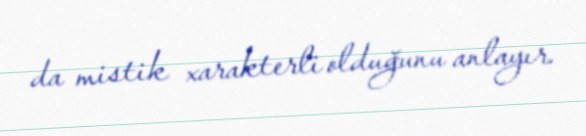
da mistik xarakterli olduğunu anlayır.